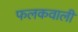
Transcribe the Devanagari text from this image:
फलकवाली